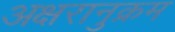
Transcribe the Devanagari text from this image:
अक्षरानुक्रम